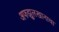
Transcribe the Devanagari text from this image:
अफझुलखानाचा